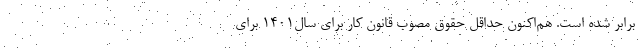
برابر شده است. هم‌‌اکنون حداقل حقوق مصوب قانون کار برای سال1401 برای